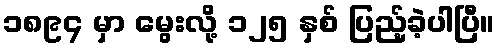
၁၈၉၄ မှာ မွေးလို့ ၁၂၅ နှစ် ပြည့်ခဲ့ပါပြီ။